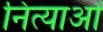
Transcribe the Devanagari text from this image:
नित्याओं